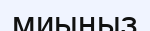
миыңыз